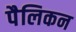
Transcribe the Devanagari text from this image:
पैलिकन